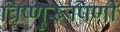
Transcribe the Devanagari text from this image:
विष्णुरूपिणी